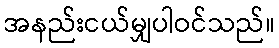
အနည်းငယ်မျှပါဝင်သည်။